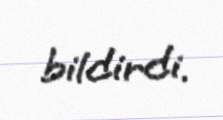
bildirdi.